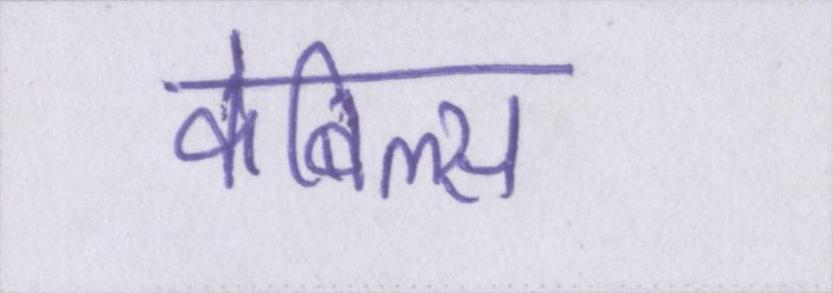
केबिल्स